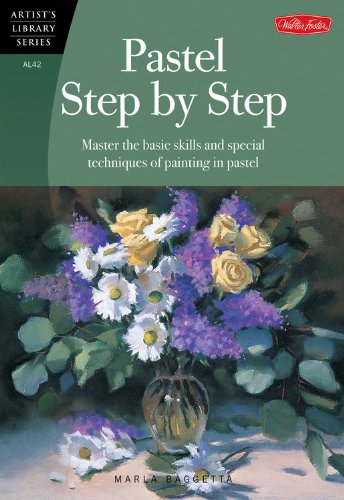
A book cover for Pastel Step by Step: Master the basic skills and special techniques of painting in pastel (Artist's Library); Marla Baggetta; Arts & Photography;